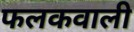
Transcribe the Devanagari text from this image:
फलकवाली